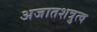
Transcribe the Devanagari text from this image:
अजातशत्रुत्व